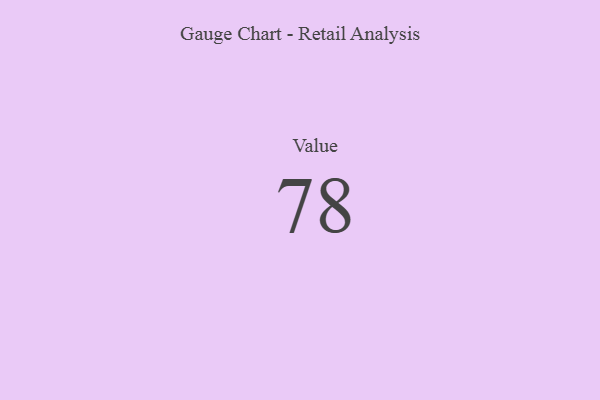
{"axis": {"x": "Metric", "y": "Value"}, "legend": [""], "data": [{"x": "Value", "y": 78, "type": ""}]}